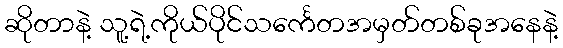
ဆိုတာနဲ့ သူ့ရဲ့ကိုယ်ပိုင်သင်္ကေတအမှတ်တစ်ခုအနေနဲ့